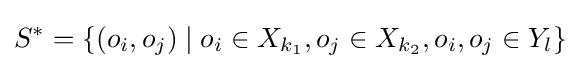
S^{*}=\{(o_{i},o_{j})\mid o_{i}\in X_{k_{1}},o_{j}\in X_{k_{2}},o_{i},o_{j}\in Y_{l}\}